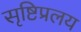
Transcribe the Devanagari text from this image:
सृष्टिप्रलय